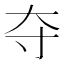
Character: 夺